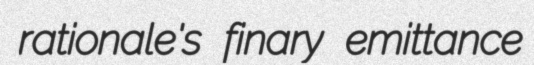
rationale's finary emittance